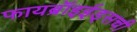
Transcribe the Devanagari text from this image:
फायब्रॉइईड्‌सची